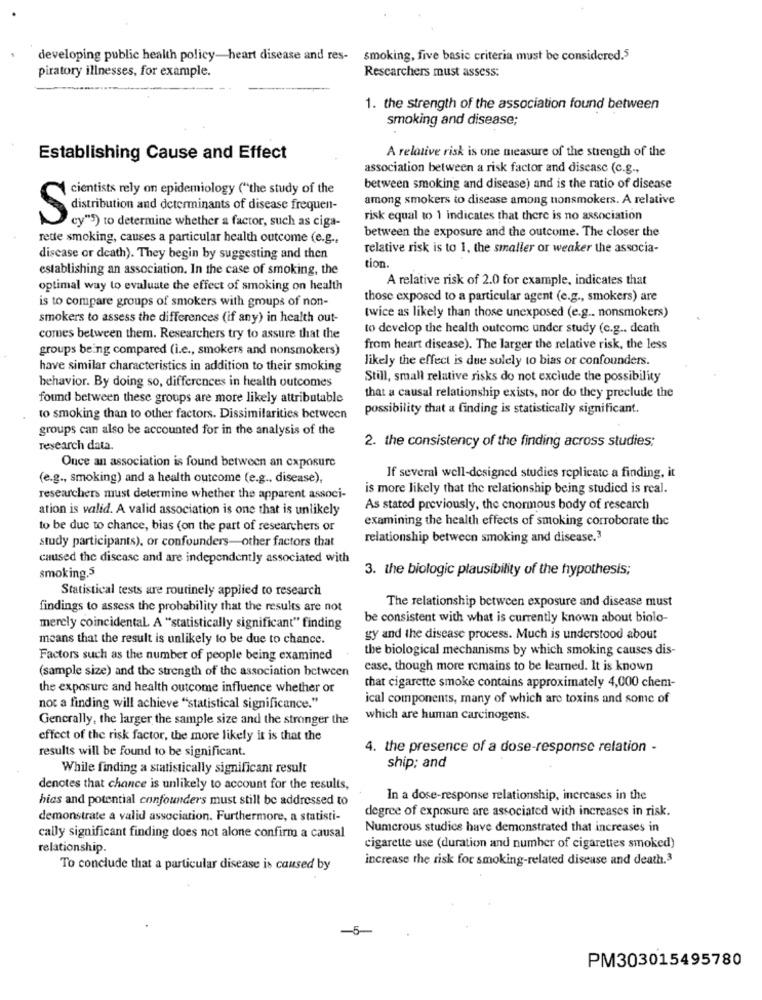
developing public health policy-heart disease and res- smoking, five basic criteria must be considered.5
piratory illnesses, for example.
Researchers must assess:
1. the strength of the association found between
smoking and disease;
Establishing Cause and Effect
A relative risk is one measure of the strength of the
association between a risk factor and disease (c.g .,
cientists rely on epidemiology ("the study of the
between smoking and disease) and is the ratio of disease
among smokers to disease among nonsmokers. A relative
Sdistribution and determinants of disease frequen-
Fisk equal to 1 indicates that there is no association
cy"s) to determine whether a factor, such as ciga-
between the exposure and the outcome. The closer the
rette smoking, causes a particular health outcome (e.g .,
relative risk is to 1, the smaller or weaker the associa-
disease or death). They begin by suggesting and then
tion.
establishing an association. In the case of smoking, the
A relative risk of 2.0 for example, indicates that
optimal way to evaluate the effect of smoking on health
is to compare groups of smokers with groups of non-
those exposed to a particular agent (e.g ., smokers) are
smokers to assess the differences (if any) in health out-
twice as likely than those unexposed (e.g .. nonsmokers)
to develop the health outcome under study (c.g .. death
comes between them. Researchers try to assure that the
groups being compared (i.e ., smokers and nonsmokers)
from heart disease). The larger the relative risk, the less
likely the effect is due solely to bias or confounders.
have similar characteristics in addition to their smoking
Still, small relative risks do not exclude the possibility
behavior. By doing so, differences in health outcomes
found between these groups are more likely attributable
that a causal relationship exists, nor do they preclude the
possibility that a finding is statistically significant.
to smoking than to other factors. Dissimilarities between
groups can also be accounted for in the analysis of the
research data.
2. the consistency of the finding across studies:
Once an association is found between an exposure
(e.g ., smoking) and a health outcome (e.g ., disease).
If several well-designed studies replicate a finding, it
is more likely that the relationship being studied is real.
researchers must determine whether the apparent associ-
ation is valid. A valid association is one that is unlikely
As stated previously, the enormous body of research
examining the health effects of smoking corroborate the
to be due to chance, bias (on the part of researchers or
study participants), or confounders-other factors that
relationship between smoking and disease.3
caused the disease and are independently associated with
3. the biologic plausibility of the hypothesis;
smoking.5
Statistical tests are routinely applied to research
The relationship between exposure and disease must
findings to assess the probability that the results are not
be consistent with what is currently known about biolo-
merely coincidental. A "statistically significant" finding
means that the result is unlikely to be due to chance.
gy and the disease process. Much is understood about
the biological mechanisms by which smoking causes dis-
Factors such as the number of people being examined
(sample size) and the strength of the association between
case, though more remains to be learned. It is known
the exposure and health outcome influence whether or
that cigarette smoke contains approximately 4,000 chem-
ical components, many of which are toxins and some of
not a finding will achieve "statistical significance."
Generally, the larger the sample size and the stronger the
which are human carcinogens.
effect of the risk factor, the more likely it is that the
results will be found to be significant.
4. the presence of a dose-response relation -
While finding a statistically significant result
ship; and
denotes that chance is unlikely to account for the results,
hias and potential confounders must still be addressed to
In a dose-response relationship, increases in the
degree of exposure are associated with increases in risk.
demonstrate a valid association. Furthermore, a statisti-
Numerous studies have demonstrated that increases in
cally significant finding does not alone confirm a causal
relationship.
cigarette use (duration and number of cigarettes smoked)
increase the risk for smoking-related disease and death.3
To conclude that a particular disease is caused by
PM303015495780